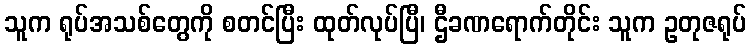
သူက ရုပ်အသစ်တွေကို စတင်ပြီး ထုတ်လုပ်ပြီ၊ ဌီခဏရောက်တိုင်း သူက ဥတုဇရုပ်